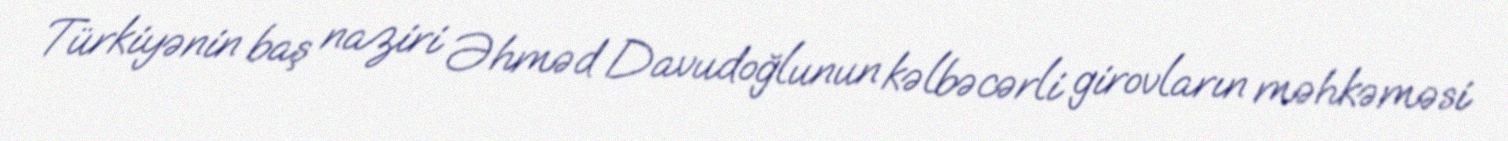
Türkiyənin baş naziri Əhməd Davudoğlunun kəlbəcərli girovların məhkəməsi